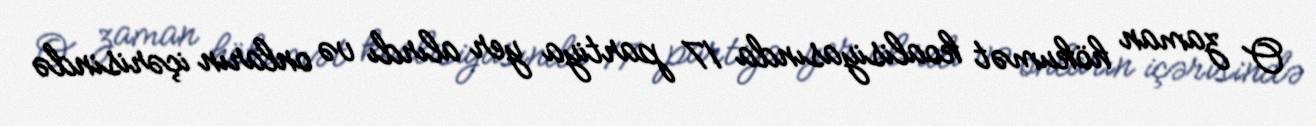
O zaman hökumət koalisiyasında 17 partiya yer alırdı və onların içərisində